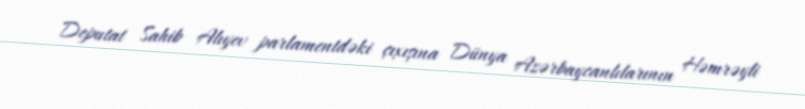
Deputat Sahib Alıyev parlamentdəki çıxışına Dünya Azərbaycanlılarının Həmrəyli